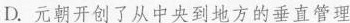
D. 元朝开创了从中央到地方的垂直管理